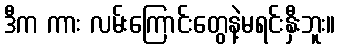
ဒီက ကား လမ်းကြောင်းတွေနဲ့မရင်းနှီးဘူး။